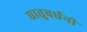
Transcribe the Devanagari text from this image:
धातुवर्धनी